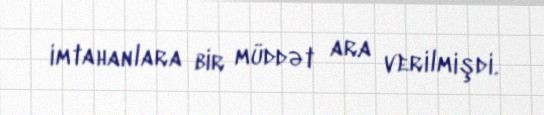
imtahanlara bir müddət ara verilmişdi.